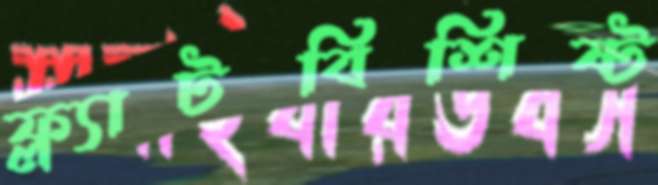
ফ্ল্যাটবিশিষ্ট